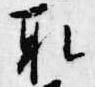
取